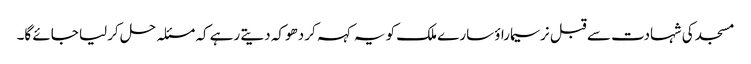
مسجد کی شہادت سے قبل نرسیماراؤ سارے ملک کو یہ کہہ کر دھوکہ دیتے رہے کہ مسئلہ حل کرلیا جائے گا۔